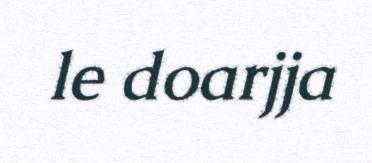
le doarjja